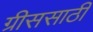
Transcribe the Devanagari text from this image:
ग्रीससाठी